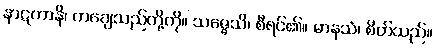
နာဋကာနိ၊ ကချေသည်တို့ကို။ သဇ္ဇေသိ၊ စီရင်၏။ မာနသံ၊ စိတ်သည်။